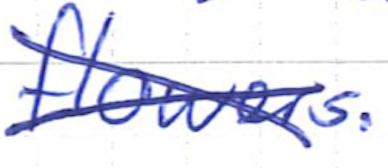
Text: flowers.
Cross-out: cross
Writing tool: ballpoint